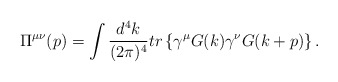
\begin{align*}\Pi ^{\mu \nu }(p)=\int \frac{d^4k}{(2\pi )^4}tr\left\{ \gamma ^\mu G(k)\gamma^\nu G(k+p)\right\}.\end{align*}